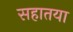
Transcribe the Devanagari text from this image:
सहातया